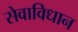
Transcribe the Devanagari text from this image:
सेवाविधान